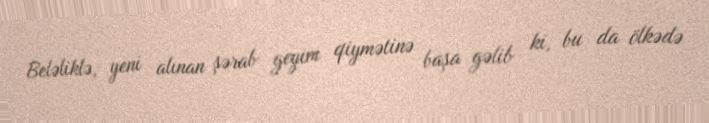
Beləliklə, yeni alınan şərab geyim qiymətinə başa gəlib ki, bu da ölkədə